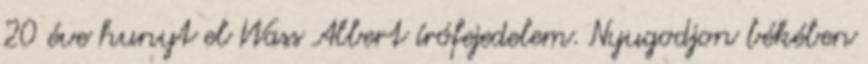
20 éve hunyt el Wass Albert írófejedelem. Nyugodjon békében